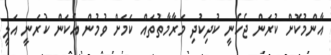
އާންމުކޮށް ކުރަން ޖެހެނީ ކުދިކުދި މަރާމާތުތައް ކަމަށް ވުމުން އެކަން ކުރަނީ އަލީ